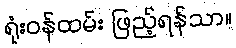
ရုံးဝန်ထမ်း ဖြည့်ရန်သာ။